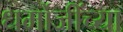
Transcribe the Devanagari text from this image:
धर्मोजींच्या